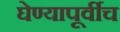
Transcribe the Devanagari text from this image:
घेण्यापूर्वीच